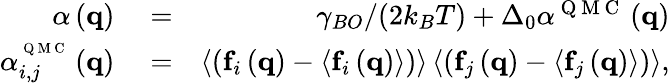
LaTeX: \begin{array}{rlr}{\alpha\left({\mathbf{q}}\right)}&{{}=}&{{\gamma_{BO}/(2k_{B}T)}+{\Delta_{0}}{\alpha^{{\mathrm{~Q~M~C~}}}}\left({\mathbf{q}}\right)}\\ {\alpha_{i,j}^{^{{\mathrm{~Q~M~C~}}}}\left({\mathbf{q}}\right)}&{{}=}&{\left\langle{\left({{\mathbf{f}_{i}}\left({\mathbf{q}}\right)-\left\langle{{\mathbf{f}_{i}}\left({\mathbf{q}}\right)}\right\rangle}\right)}\right\rangle\left\langle{\left({{\mathbf{f}_{j}}\left({\mathbf{q}}\right)-\left\langle{{\mathbf{f}_{j}}\left({\mathbf{q}}\right)}\right\rangle}\right)}\right\rangle,}\end{array}